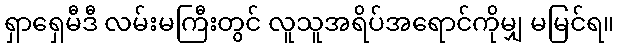
ရှာရှေမီဒီ လမ်းမကြီးတွင် လူသူအရိပ်အရောင်ကိုမျှ မမြင်ရ။